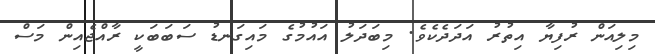
މިލިއަން ރުފިޔާ އިތުރު އަދަދެކެވެ. މިބަދަލު އައުމުގެ މައިގަނޑު ސަބަބަކީ ރާއްޖެއިން މަސް